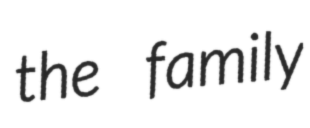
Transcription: the family